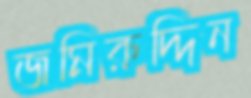
জমিরুদ্দিন